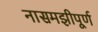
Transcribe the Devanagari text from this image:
नासमझीपूर्ण